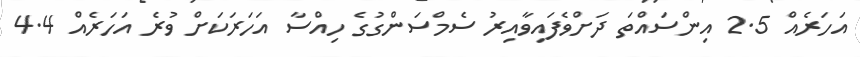
އަހަރެއް 2.5 އިންސައްތަ ދަށްވެފައިވާއިރު ސެމްސަންގުގެ ހިއްސާ އަހަރަކަށް ވުރެ އަހަރެއް 4.4